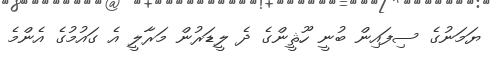
ޔަމަނުގެ ސިފައިން ބުނީ ހޫޘީންގެ ދެ ލީޑަރުން މަރާލީ އެ ގައުމުގެ އެންމެ